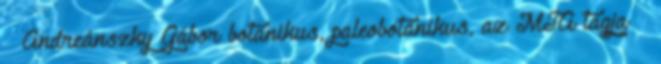
– Andreánszky Gábor botanikus, paleobotanikus, az MTA tagja †